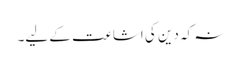
نہ کہ دین کی اشاعت کے لیے۔